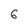
Character: 6